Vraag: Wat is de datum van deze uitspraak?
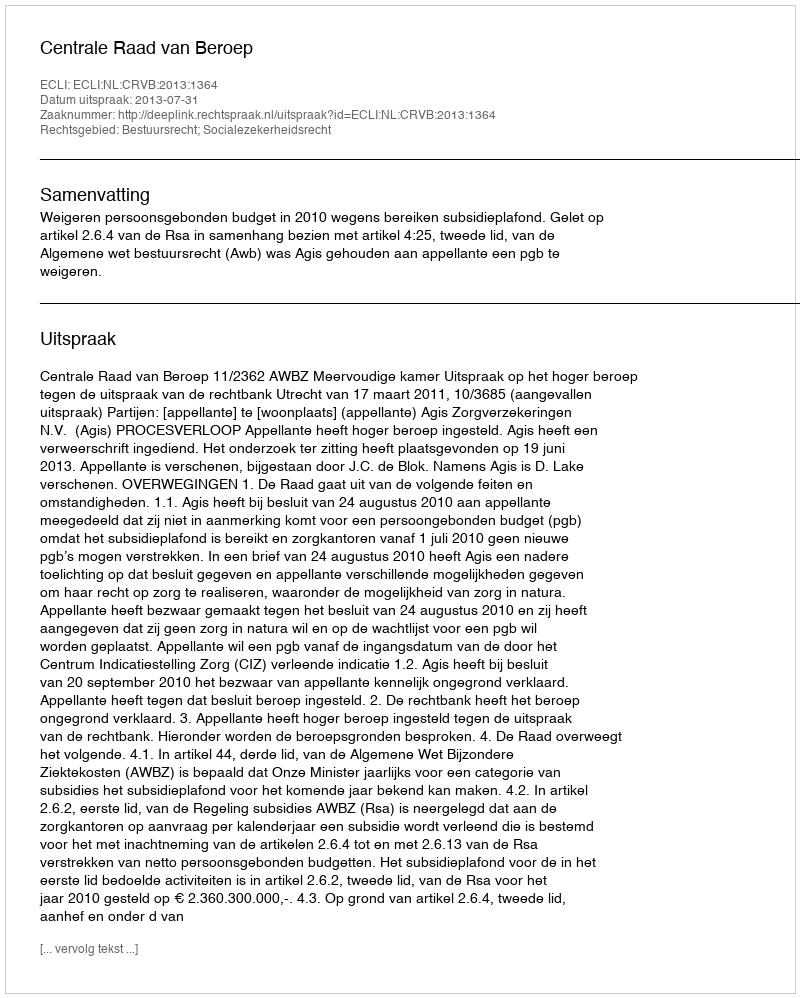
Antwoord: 2013-07-31